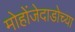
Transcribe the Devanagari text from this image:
मोहोंजेदाडोच्या